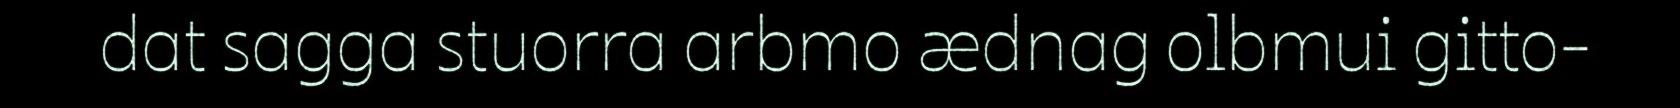
dat sagga stuorra arbmo ædnag olbmui gitto-